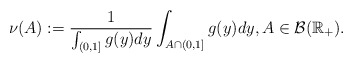
\begin{align*}\nu(A):=\frac{1}{\int_{(0,1]}g(y)dy}\int_{A \cap(0,1]}g(y)dy, A \in \mathcal{B}(\mathbb{R}_+).\end{align*}